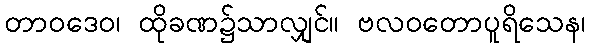
တာဝဒေဝ၊ ထိုခဏ၌သာလျှင်။ ဗလဝတောပူရိသေန၊